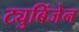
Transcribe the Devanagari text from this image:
ट्युबिंजेन